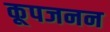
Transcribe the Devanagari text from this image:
कूपजनन